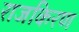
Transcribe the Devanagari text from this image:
राजकिरण